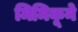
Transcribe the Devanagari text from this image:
मिमिकूने